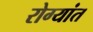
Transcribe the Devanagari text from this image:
रोग्यांत